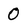
Character: 0